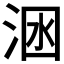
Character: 𣴺